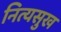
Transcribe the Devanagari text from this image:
नित्यसुख